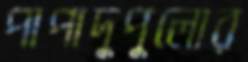
পাপাদুপুলোর